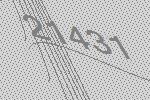
21431